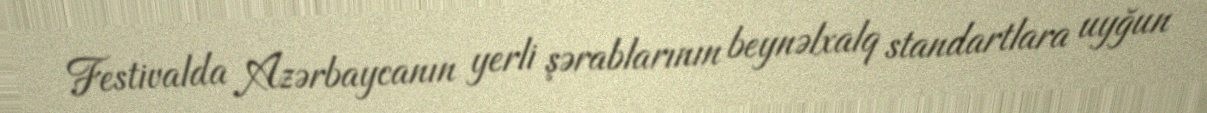
Festivalda Azərbaycanın yerli şərablarının beynəlxalq standartlara uyğun